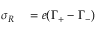
\begin{array} { r l } { \sigma _ { R } } & { { } = e ( \Gamma _ { + } - \Gamma _ { - } ) } \end{array}